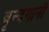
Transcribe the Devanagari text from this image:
वृन्दगानों